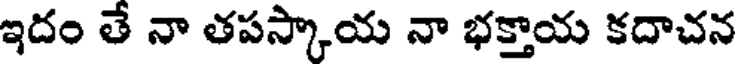
ఇదం తే నా తపస్కాయ నా భక్తాయ కదాచన